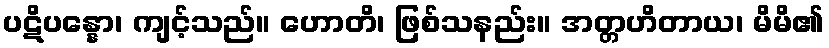
ပဋိပန္နော၊ ကျင့်သည်။ ဟောတိ၊ ဖြစ်သနည်း။ အတ္တဟိတာယ၊ မိမိ၏